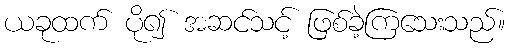
ယခုထက် ပို၍ အဆင်သင့် ဖြစ်ခဲ့ကြသေးသည်။